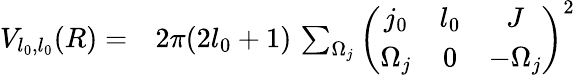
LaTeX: \begin{array}{rl}{V_{l_{0},l_{0}}(R)=}&{{}2\pi(2l_{0}+1)\, \sum_{\Omega_{j}}{\left(\begin{array}{ccc}{j_{0}}&{l_{0}}&{J}\\ {\Omega_{j}}&{0}&{-\Omega_{j}}\end{array}\right)}^{2}}\end{array}